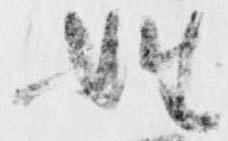
姓